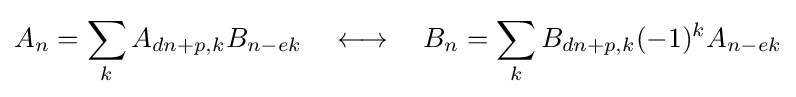
A_{n}=\sum _{k}A_{dn+p,k}B_{n-ek}\quad \longleftrightarrow \quad B_{n}=\sum _{k}B_{dn+p,k}(-1)^{k}A_{n-ek}